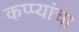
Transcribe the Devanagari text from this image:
कप्प्यांचा